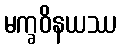
မက္ခဝိနယဿ